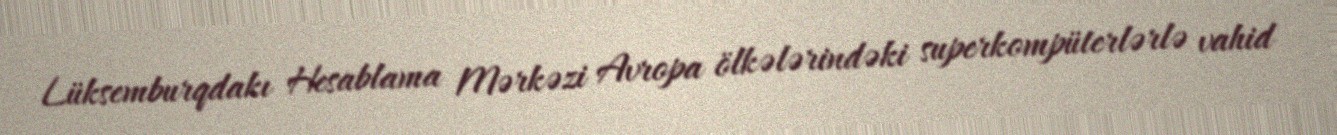
Lüksemburqdakı Hesablama Mərkəzi Avropa ölkələrindəki superkompüterlərlə vahid